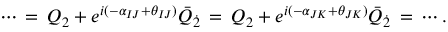
\cdots \, = \, Q _ { 2 } + e ^ { i ( - \alpha _ { I J } + \theta _ { I J } ) } \bar { Q } _ { \dot { 2 } } \, = \, Q _ { 2 } + e ^ { i ( - \alpha _ { J K } + \theta _ { J K } ) } \bar { Q } _ { \dot { 2 } } \, = \, \cdots .